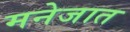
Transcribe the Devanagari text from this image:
मनेजात